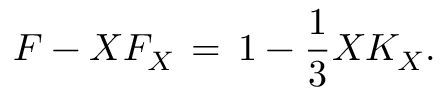
F - X F _ { X } \, = \, 1 - \frac { 1 } { 3 } X K _ { X } .